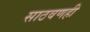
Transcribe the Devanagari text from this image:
साठवणही